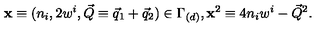
{ \bf x } \equiv ( n _ { i } , 2 w ^ { i } , \vec { Q } \equiv \vec { q } _ { 1 } + \vec { q } _ { 2 } ) \in \Gamma _ { ( d ) } , { \bf x } ^ { 2 } \equiv 4 n _ { i } w ^ { i } - \vec { Q } ^ { 2 } .